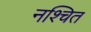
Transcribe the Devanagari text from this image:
नश्चित